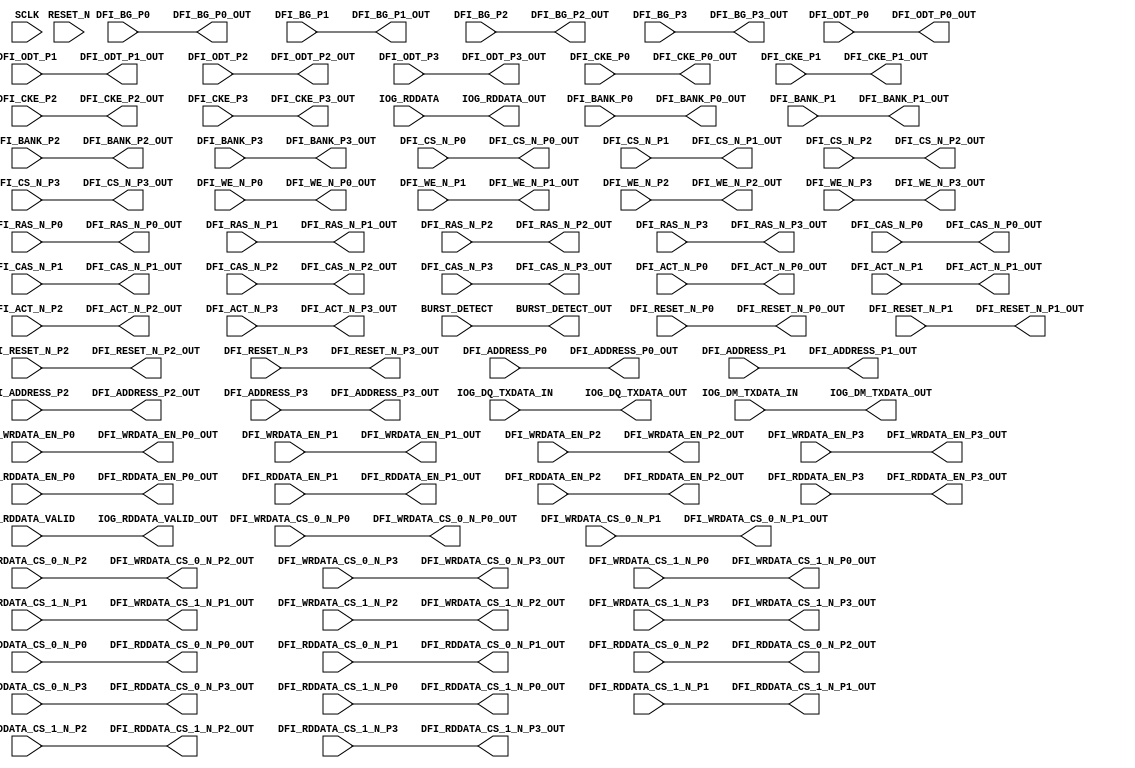
// *********************************************************************/ 
// Copyright (c) 2015 Microsemi Corporation.  All rights reserved.  
// 
// Any use or redistribution in part or in whole must be handled in 
// accordance with the Actel license agreement and must be approved 
// in advance in writing.  
//  
//     
// Description: optional register bank for timing optimization (XT only) 
//
// Notes:
// - add DFI_BG_P[N]
// - add DFI_ACT_N_P[N]
// *********************************************************************/ 

module register_bank # (
  parameter PIPELINE = 0,
  parameter IOG_DQS_LANES = 9
)(
  input                               SCLK                      ,
  input                               RESET_N                   ,
  input                               DFI_RESET_N_P0            ,
  input                               DFI_RESET_N_P1            ,
  input                               DFI_RESET_N_P2            ,
  input                               DFI_RESET_N_P3            ,
  input  [19:0]                       DFI_ADDRESS_P0            ,
  input  [19:0]                       DFI_ADDRESS_P1            ,
  input  [19:0]                       DFI_ADDRESS_P2            ,
  input  [19:0]                       DFI_ADDRESS_P3            ,
  input  [3:0]                        DFI_BANK_P0               ,
  input  [3:0]                        DFI_BANK_P1               ,
  input  [3:0]                        DFI_BANK_P2               ,
  input  [3:0]                        DFI_BANK_P3               ,
  input                               DFI_CS_N_P0               ,
  input                               DFI_CS_N_P1               ,
  input                               DFI_CS_N_P2               ,
  input                               DFI_CS_N_P3               ,
  input                               DFI_ODT_P0                ,
  input                               DFI_ODT_P1                ,
  input                               DFI_ODT_P2                ,
  input                               DFI_ODT_P3                ,
  input                               DFI_CKE_P0                ,
  input                               DFI_CKE_P1                ,
  input                               DFI_CKE_P2                ,
  input                               DFI_CKE_P3                ,
  input                               DFI_RAS_N_P0              ,
  input                               DFI_RAS_N_P1              ,
  input                               DFI_RAS_N_P2              ,
  input                               DFI_RAS_N_P3              ,
  input                               DFI_CAS_N_P0              ,
  input                               DFI_CAS_N_P1              ,
  input                               DFI_CAS_N_P2              ,
  input                               DFI_CAS_N_P3              ,
  input                               DFI_WE_N_P0               ,
  input                               DFI_WE_N_P1               ,
  input                               DFI_WE_N_P2               ,
  input                               DFI_WE_N_P3               ,
  input                               DFI_ACT_N_P0              ,
  input                               DFI_ACT_N_P1              ,
  input                               DFI_ACT_N_P2              ,
  input                               DFI_ACT_N_P3              ,
  input  [1:0]                        DFI_BG_P0                 ,
  input  [1:0]                        DFI_BG_P1                 ,
  input  [1:0]                        DFI_BG_P2                 ,
  input  [1:0]                        DFI_BG_P3                 ,
  input                               DFI_WRDATA_EN_P0          ,
  input                               DFI_WRDATA_EN_P1          ,
  input                               DFI_WRDATA_EN_P2          ,
  input                               DFI_WRDATA_EN_P3          ,
  input  [IOG_DQS_LANES*64-1:0]       IOG_DQ_TXDATA_IN          ,
  input  [IOG_DQS_LANES*8-1:0]        IOG_DM_TXDATA_IN          ,
  input                               DFI_WRDATA_CS_0_N_P0      ,
  input                               DFI_WRDATA_CS_0_N_P1      ,
  input                               DFI_WRDATA_CS_0_N_P2      ,
  input                               DFI_WRDATA_CS_0_N_P3      ,
  input                               DFI_WRDATA_CS_1_N_P0      ,
  input                               DFI_WRDATA_CS_1_N_P1      ,
  input                               DFI_WRDATA_CS_1_N_P2      ,
  input                               DFI_WRDATA_CS_1_N_P3      ,
  output reg                          DFI_RESET_N_P0_OUT        ,
  output reg                          DFI_RESET_N_P1_OUT        ,
  output reg                          DFI_RESET_N_P2_OUT        ,
  output reg                          DFI_RESET_N_P3_OUT        ,
  output reg [19:0]                   DFI_ADDRESS_P0_OUT        ,  
  output reg [19:0]                   DFI_ADDRESS_P1_OUT        ,  
  output reg [19:0]                   DFI_ADDRESS_P2_OUT        ,  
  output reg [19:0]                   DFI_ADDRESS_P3_OUT        ,  
  output reg [3:0]                    DFI_BANK_P0_OUT           ,  
  output reg [3:0]                    DFI_BANK_P1_OUT           ,  
  output reg [3:0]                    DFI_BANK_P2_OUT           ,  
  output reg [3:0]                    DFI_BANK_P3_OUT           ,  
  output reg                          DFI_CS_N_P0_OUT           ,  
  output reg                          DFI_CS_N_P1_OUT           ,  
  output reg                          DFI_CS_N_P2_OUT           ,  
  output reg                          DFI_CS_N_P3_OUT           ,  
  output reg                          DFI_ODT_P0_OUT            ,  
  output reg                          DFI_ODT_P1_OUT            ,  
  output reg                          DFI_ODT_P2_OUT            ,  
  output reg                          DFI_ODT_P3_OUT            ,  
  output reg                          DFI_CKE_P0_OUT            ,  
  output reg                          DFI_CKE_P1_OUT            ,  
  output reg                          DFI_CKE_P2_OUT            ,  
  output reg                          DFI_CKE_P3_OUT            ,  
  output reg                          DFI_RAS_N_P0_OUT          ,  
  output reg                          DFI_RAS_N_P1_OUT          ,  
  output reg                          DFI_RAS_N_P2_OUT          ,  
  output reg                          DFI_RAS_N_P3_OUT          ,  
  output reg                          DFI_CAS_N_P0_OUT          ,  
  output reg                          DFI_CAS_N_P1_OUT          ,  
  output reg                          DFI_CAS_N_P2_OUT          ,  
  output reg                          DFI_CAS_N_P3_OUT          ,  
  output reg                          DFI_WE_N_P0_OUT           ,  
  output reg                          DFI_WE_N_P1_OUT           ,  
  output reg                          DFI_WE_N_P2_OUT           ,  
  output reg                          DFI_WE_N_P3_OUT           ,
  output reg                          DFI_ACT_N_P0_OUT          ,  
  output reg                          DFI_ACT_N_P1_OUT          ,  
  output reg                          DFI_ACT_N_P2_OUT          ,  
  output reg                          DFI_ACT_N_P3_OUT          ,
  output reg [1:0]                    DFI_BG_P0_OUT             ,  
  output reg [1:0]                    DFI_BG_P1_OUT             ,  
  output reg [1:0]                    DFI_BG_P2_OUT             ,  
  output reg [1:0]                    DFI_BG_P3_OUT             ,  
  output reg                          DFI_WRDATA_EN_P0_OUT      ,  
  output reg                          DFI_WRDATA_EN_P1_OUT      ,  
  output reg                          DFI_WRDATA_EN_P2_OUT      ,  
  output reg                          DFI_WRDATA_EN_P3_OUT      ,
  output reg [IOG_DQS_LANES*64-1:0]   IOG_DQ_TXDATA_OUT         ,
  output reg [IOG_DQS_LANES*8-1:0]    IOG_DM_TXDATA_OUT         ,
  output reg                          DFI_WRDATA_CS_0_N_P0_OUT  ,  
  output reg                          DFI_WRDATA_CS_0_N_P1_OUT  ,  
  output reg                          DFI_WRDATA_CS_0_N_P2_OUT  ,  
  output reg                          DFI_WRDATA_CS_0_N_P3_OUT  ,   
  output reg                          DFI_WRDATA_CS_1_N_P0_OUT  ,  
  output reg                          DFI_WRDATA_CS_1_N_P1_OUT  ,  
  output reg                          DFI_WRDATA_CS_1_N_P2_OUT  ,  
  output reg                          DFI_WRDATA_CS_1_N_P3_OUT  ,   
  input                               DFI_RDDATA_EN_P0          ,
  input                               DFI_RDDATA_EN_P1          ,
  input                               DFI_RDDATA_EN_P2          ,
  input                               DFI_RDDATA_EN_P3          ,
  input  [IOG_DQS_LANES-1:0]          IOG_RDDATA_VALID          ,
  input  [IOG_DQS_LANES*64-1:0]       IOG_RDDATA                ,
  input                               DFI_RDDATA_CS_0_N_P0      ,
  input                               DFI_RDDATA_CS_0_N_P1      ,
  input                               DFI_RDDATA_CS_0_N_P2      ,
  input                               DFI_RDDATA_CS_0_N_P3      ,
  input                               DFI_RDDATA_CS_1_N_P0      ,
  input                               DFI_RDDATA_CS_1_N_P1      ,
  input                               DFI_RDDATA_CS_1_N_P2      ,
  input                               DFI_RDDATA_CS_1_N_P3      ,
  input  [IOG_DQS_LANES-1:0]          BURST_DETECT              ,
  output reg                          DFI_RDDATA_EN_P0_OUT      ,
  output reg                          DFI_RDDATA_EN_P1_OUT      ,
  output reg                          DFI_RDDATA_EN_P2_OUT      ,
  output reg                          DFI_RDDATA_EN_P3_OUT      ,
  output reg [IOG_DQS_LANES-1:0]      IOG_RDDATA_VALID_OUT      ,
  output reg [IOG_DQS_LANES*64-1:0]   IOG_RDDATA_OUT            ,
  output reg                          DFI_RDDATA_CS_0_N_P0_OUT  ,
  output reg                          DFI_RDDATA_CS_0_N_P1_OUT  ,
  output reg                          DFI_RDDATA_CS_0_N_P2_OUT  ,
  output reg                          DFI_RDDATA_CS_0_N_P3_OUT  ,
  output reg                          DFI_RDDATA_CS_1_N_P0_OUT  ,
  output reg                          DFI_RDDATA_CS_1_N_P1_OUT  ,
  output reg                          DFI_RDDATA_CS_1_N_P2_OUT  ,
  output reg                          DFI_RDDATA_CS_1_N_P3_OUT  ,
  output reg [IOG_DQS_LANES-1:0]      BURST_DETECT_OUT

);

  generate
  if (PIPELINE==1)
  begin : pipelined_generate_block
    always @ (posedge SCLK or negedge RESET_N)
    begin : register_bases
      if (RESET_N == 1'b0)
      begin
        DFI_RESET_N_P0_OUT            <= 0;
        DFI_RESET_N_P1_OUT            <= 0;
        DFI_RESET_N_P2_OUT            <= 0;
        DFI_RESET_N_P3_OUT            <= 0;
        DFI_ADDRESS_P0_OUT            <= 0;
        DFI_ADDRESS_P1_OUT            <= 0;
        DFI_ADDRESS_P2_OUT            <= 0;
        DFI_ADDRESS_P3_OUT            <= 0;
        DFI_BANK_P0_OUT               <= 0;
        DFI_BANK_P1_OUT               <= 0;
        DFI_BANK_P2_OUT               <= 0;
        DFI_BANK_P3_OUT               <= 0;
        DFI_CS_N_P0_OUT               <= 0;
        DFI_CS_N_P1_OUT               <= 0;
        DFI_CS_N_P2_OUT               <= 0;
        DFI_CS_N_P3_OUT               <= 0;
        DFI_ODT_P0_OUT                <= 0;
        DFI_ODT_P1_OUT                <= 0;
        DFI_ODT_P2_OUT                <= 0;
        DFI_ODT_P3_OUT                <= 0;
        DFI_CKE_P0_OUT                <= 0;
        DFI_CKE_P1_OUT                <= 0;
        DFI_CKE_P2_OUT                <= 0;
        DFI_CKE_P3_OUT                <= 0;
        DFI_RAS_N_P0_OUT              <= 0;
        DFI_RAS_N_P1_OUT              <= 0;
        DFI_RAS_N_P2_OUT              <= 0;
        DFI_RAS_N_P3_OUT              <= 0;
        DFI_CAS_N_P0_OUT              <= 0;
        DFI_CAS_N_P1_OUT              <= 0;
        DFI_CAS_N_P2_OUT              <= 0;
        DFI_CAS_N_P3_OUT              <= 0;
        DFI_WE_N_P0_OUT               <= 0;
        DFI_WE_N_P1_OUT               <= 0;
        DFI_WE_N_P2_OUT               <= 0;
        DFI_WE_N_P3_OUT               <= 0;
        DFI_ACT_N_P0_OUT              <= 0;
        DFI_ACT_N_P1_OUT              <= 0;
        DFI_ACT_N_P2_OUT              <= 0;
        DFI_ACT_N_P3_OUT              <= 0;
        DFI_WRDATA_EN_P0_OUT          <= 0;
        DFI_WRDATA_EN_P1_OUT          <= 0;
        DFI_WRDATA_EN_P2_OUT          <= 0;
        DFI_WRDATA_EN_P3_OUT          <= 0;
        IOG_DQ_TXDATA_OUT             <= 0;
        IOG_DM_TXDATA_OUT             <= 0;
        DFI_WRDATA_CS_0_N_P0_OUT      <= 0;
        DFI_WRDATA_CS_0_N_P1_OUT      <= 0;
        DFI_WRDATA_CS_0_N_P2_OUT      <= 0;
        DFI_WRDATA_CS_0_N_P3_OUT      <= 0;
        DFI_WRDATA_CS_1_N_P0_OUT      <= 0;
        DFI_WRDATA_CS_1_N_P1_OUT      <= 0;
        DFI_WRDATA_CS_1_N_P2_OUT      <= 0;
        DFI_WRDATA_CS_1_N_P3_OUT      <= 0;
        DFI_RDDATA_EN_P0_OUT          <= 0;
        DFI_RDDATA_EN_P1_OUT          <= 0;
        DFI_RDDATA_EN_P2_OUT          <= 0;
        DFI_RDDATA_EN_P3_OUT          <= 0;
        IOG_RDDATA_VALID_OUT          <= 0;
        IOG_RDDATA_OUT                <= 0;
        DFI_RDDATA_CS_0_N_P0_OUT      <= 0;
        DFI_RDDATA_CS_0_N_P1_OUT      <= 0;
        DFI_RDDATA_CS_0_N_P2_OUT      <= 0;
        DFI_RDDATA_CS_0_N_P3_OUT      <= 0;
        DFI_RDDATA_CS_1_N_P0_OUT      <= 0;
        DFI_RDDATA_CS_1_N_P1_OUT      <= 0;
        DFI_RDDATA_CS_1_N_P2_OUT      <= 0;
        DFI_RDDATA_CS_1_N_P3_OUT      <= 0;
        BURST_DETECT_OUT              <= 0;
        DFI_BG_P0_OUT                 <= 0;
        DFI_BG_P1_OUT                 <= 0;
        DFI_BG_P2_OUT                 <= 0;
        DFI_BG_P3_OUT                 <= 0;
        
      end
      else
      begin
        DFI_RESET_N_P0_OUT            <= DFI_RESET_N_P0          ;
        DFI_RESET_N_P1_OUT            <= DFI_RESET_N_P1          ;
        DFI_RESET_N_P2_OUT            <= DFI_RESET_N_P2          ;
        DFI_RESET_N_P3_OUT            <= DFI_RESET_N_P3          ;
        DFI_ADDRESS_P0_OUT            <= DFI_ADDRESS_P0          ;
        DFI_ADDRESS_P1_OUT            <= DFI_ADDRESS_P1          ;
        DFI_ADDRESS_P2_OUT            <= DFI_ADDRESS_P2          ;
        DFI_ADDRESS_P3_OUT            <= DFI_ADDRESS_P3          ;
        DFI_BANK_P0_OUT               <= DFI_BANK_P0             ;
        DFI_BANK_P1_OUT               <= DFI_BANK_P1             ;
        DFI_BANK_P2_OUT               <= DFI_BANK_P2             ;
        DFI_BANK_P3_OUT               <= DFI_BANK_P3             ;
        DFI_CS_N_P0_OUT               <= DFI_CS_N_P0             ;
        DFI_CS_N_P1_OUT               <= DFI_CS_N_P1             ;
        DFI_CS_N_P2_OUT               <= DFI_CS_N_P2             ;
        DFI_CS_N_P3_OUT               <= DFI_CS_N_P3             ;
        DFI_ODT_P0_OUT                <= DFI_ODT_P0              ;
        DFI_ODT_P1_OUT                <= DFI_ODT_P1              ;
        DFI_ODT_P2_OUT                <= DFI_ODT_P2              ;
        DFI_ODT_P3_OUT                <= DFI_ODT_P3              ;
        DFI_CKE_P0_OUT                <= DFI_CKE_P0              ;
        DFI_CKE_P1_OUT                <= DFI_CKE_P1              ;
        DFI_CKE_P2_OUT                <= DFI_CKE_P2              ;
        DFI_CKE_P3_OUT                <= DFI_CKE_P3              ;
        DFI_RAS_N_P0_OUT              <= DFI_RAS_N_P0            ;
        DFI_RAS_N_P1_OUT              <= DFI_RAS_N_P1            ;
        DFI_RAS_N_P2_OUT              <= DFI_RAS_N_P2            ;
        DFI_RAS_N_P3_OUT              <= DFI_RAS_N_P3            ;
        DFI_CAS_N_P0_OUT              <= DFI_CAS_N_P0            ;
        DFI_CAS_N_P1_OUT              <= DFI_CAS_N_P1            ;
        DFI_CAS_N_P2_OUT              <= DFI_CAS_N_P2            ;
        DFI_CAS_N_P3_OUT              <= DFI_CAS_N_P3            ;
        DFI_WE_N_P0_OUT               <= DFI_WE_N_P0             ;
        DFI_WE_N_P1_OUT               <= DFI_WE_N_P1             ;
        DFI_WE_N_P2_OUT               <= DFI_WE_N_P2             ;
        DFI_WE_N_P3_OUT               <= DFI_WE_N_P3             ;
        DFI_ACT_N_P0_OUT              <= DFI_ACT_N_P0            ;
        DFI_ACT_N_P1_OUT              <= DFI_ACT_N_P1            ;
        DFI_ACT_N_P2_OUT              <= DFI_ACT_N_P2            ;
        DFI_ACT_N_P3_OUT              <= DFI_ACT_N_P3            ;
        DFI_WRDATA_EN_P0_OUT          <= DFI_WRDATA_EN_P0        ;
        DFI_WRDATA_EN_P1_OUT          <= DFI_WRDATA_EN_P1        ;
        DFI_WRDATA_EN_P2_OUT          <= DFI_WRDATA_EN_P2        ;
        DFI_WRDATA_EN_P3_OUT          <= DFI_WRDATA_EN_P3        ;
        IOG_DQ_TXDATA_OUT             <= IOG_DQ_TXDATA_IN        ;
        IOG_DM_TXDATA_OUT             <= IOG_DM_TXDATA_IN        ;
        DFI_WRDATA_CS_0_N_P0_OUT      <= DFI_WRDATA_CS_0_N_P0    ;
        DFI_WRDATA_CS_0_N_P1_OUT      <= DFI_WRDATA_CS_0_N_P1    ;
        DFI_WRDATA_CS_0_N_P2_OUT      <= DFI_WRDATA_CS_0_N_P2    ;
        DFI_WRDATA_CS_0_N_P3_OUT      <= DFI_WRDATA_CS_0_N_P3    ;
        DFI_WRDATA_CS_1_N_P0_OUT      <= DFI_WRDATA_CS_1_N_P0    ;
        DFI_WRDATA_CS_1_N_P1_OUT      <= DFI_WRDATA_CS_1_N_P1    ;
        DFI_WRDATA_CS_1_N_P2_OUT      <= DFI_WRDATA_CS_1_N_P2    ;
        DFI_WRDATA_CS_1_N_P3_OUT      <= DFI_WRDATA_CS_1_N_P3    ;
        DFI_RDDATA_EN_P0_OUT          <= DFI_RDDATA_EN_P0        ;
        DFI_RDDATA_EN_P1_OUT          <= DFI_RDDATA_EN_P1        ;
        DFI_RDDATA_EN_P2_OUT          <= DFI_RDDATA_EN_P2        ;
        DFI_RDDATA_EN_P3_OUT          <= DFI_RDDATA_EN_P3        ;
        IOG_RDDATA_VALID_OUT          <= IOG_RDDATA_VALID        ;
        IOG_RDDATA_OUT                <= IOG_RDDATA              ;
        DFI_RDDATA_CS_0_N_P0_OUT      <= DFI_RDDATA_CS_0_N_P0    ;
        DFI_RDDATA_CS_0_N_P1_OUT      <= DFI_RDDATA_CS_0_N_P1    ;
        DFI_RDDATA_CS_0_N_P2_OUT      <= DFI_RDDATA_CS_0_N_P2    ;
        DFI_RDDATA_CS_0_N_P3_OUT      <= DFI_RDDATA_CS_0_N_P3    ;
        DFI_RDDATA_CS_1_N_P0_OUT      <= DFI_RDDATA_CS_1_N_P0    ;
        DFI_RDDATA_CS_1_N_P1_OUT      <= DFI_RDDATA_CS_1_N_P1    ;
        DFI_RDDATA_CS_1_N_P2_OUT      <= DFI_RDDATA_CS_1_N_P2    ;
        DFI_RDDATA_CS_1_N_P3_OUT      <= DFI_RDDATA_CS_1_N_P3    ;
        BURST_DETECT_OUT              <= BURST_DETECT            ;
        DFI_BG_P0_OUT                 <= DFI_BG_P0               ;
        DFI_BG_P1_OUT                 <= DFI_BG_P1               ;
        DFI_BG_P2_OUT                 <= DFI_BG_P2               ;
        DFI_BG_P3_OUT                 <= DFI_BG_P3               ;
        
      end
    end
  end
  else
  begin
    always @ (*)
    begin : passthrough_bus
      DFI_RESET_N_P0_OUT            = DFI_RESET_N_P0          ;
      DFI_RESET_N_P1_OUT            = DFI_RESET_N_P1          ;
      DFI_RESET_N_P2_OUT            = DFI_RESET_N_P2          ;
      DFI_RESET_N_P3_OUT            = DFI_RESET_N_P3          ;
      DFI_ADDRESS_P0_OUT            = DFI_ADDRESS_P0          ;
      DFI_ADDRESS_P1_OUT            = DFI_ADDRESS_P1          ;
      DFI_ADDRESS_P2_OUT            = DFI_ADDRESS_P2          ;
      DFI_ADDRESS_P3_OUT            = DFI_ADDRESS_P3          ;
      DFI_BANK_P0_OUT               = DFI_BANK_P0             ;
      DFI_BANK_P1_OUT               = DFI_BANK_P1             ;
      DFI_BANK_P2_OUT               = DFI_BANK_P2             ;
      DFI_BANK_P3_OUT               = DFI_BANK_P3             ;
      DFI_CS_N_P0_OUT               = DFI_CS_N_P0             ;
      DFI_CS_N_P1_OUT               = DFI_CS_N_P1             ;
      DFI_CS_N_P2_OUT               = DFI_CS_N_P2             ;
      DFI_CS_N_P3_OUT               = DFI_CS_N_P3             ;
      DFI_ODT_P0_OUT                = DFI_ODT_P0              ;
      DFI_ODT_P1_OUT                = DFI_ODT_P1              ;
      DFI_ODT_P2_OUT                = DFI_ODT_P2              ;
      DFI_ODT_P3_OUT                = DFI_ODT_P3              ;
      DFI_CKE_P0_OUT                = DFI_CKE_P0              ;
      DFI_CKE_P1_OUT                = DFI_CKE_P1              ;
      DFI_CKE_P2_OUT                = DFI_CKE_P2              ;
      DFI_CKE_P3_OUT                = DFI_CKE_P3              ;
      DFI_RAS_N_P0_OUT              = DFI_RAS_N_P0            ;
      DFI_RAS_N_P1_OUT              = DFI_RAS_N_P1            ;
      DFI_RAS_N_P2_OUT              = DFI_RAS_N_P2            ;
      DFI_RAS_N_P3_OUT              = DFI_RAS_N_P3            ;
      DFI_CAS_N_P0_OUT              = DFI_CAS_N_P0            ;
      DFI_CAS_N_P1_OUT              = DFI_CAS_N_P1            ;
      DFI_CAS_N_P2_OUT              = DFI_CAS_N_P2            ;
      DFI_CAS_N_P3_OUT              = DFI_CAS_N_P3            ;
      DFI_WE_N_P0_OUT               = DFI_WE_N_P0             ;
      DFI_WE_N_P1_OUT               = DFI_WE_N_P1             ;
      DFI_WE_N_P2_OUT               = DFI_WE_N_P2             ;
      DFI_WE_N_P3_OUT               = DFI_WE_N_P3             ;
      DFI_ACT_N_P0_OUT              = DFI_ACT_N_P0            ;
      DFI_ACT_N_P1_OUT              = DFI_ACT_N_P1            ;
      DFI_ACT_N_P2_OUT              = DFI_ACT_N_P2            ;
      DFI_ACT_N_P3_OUT              = DFI_ACT_N_P3            ;
      DFI_WRDATA_EN_P0_OUT          = DFI_WRDATA_EN_P0        ;
      DFI_WRDATA_EN_P1_OUT          = DFI_WRDATA_EN_P1        ;
      DFI_WRDATA_EN_P2_OUT          = DFI_WRDATA_EN_P2        ;
      DFI_WRDATA_EN_P3_OUT          = DFI_WRDATA_EN_P3        ;
      IOG_DQ_TXDATA_OUT             = IOG_DQ_TXDATA_IN        ;
      IOG_DM_TXDATA_OUT             = IOG_DM_TXDATA_IN        ;
      DFI_WRDATA_CS_0_N_P0_OUT      = DFI_WRDATA_CS_0_N_P0    ;
      DFI_WRDATA_CS_0_N_P1_OUT      = DFI_WRDATA_CS_0_N_P1    ;
      DFI_WRDATA_CS_0_N_P2_OUT      = DFI_WRDATA_CS_0_N_P2    ;
      DFI_WRDATA_CS_0_N_P3_OUT      = DFI_WRDATA_CS_0_N_P3    ;
      DFI_WRDATA_CS_1_N_P0_OUT      = DFI_WRDATA_CS_1_N_P0    ;
      DFI_WRDATA_CS_1_N_P1_OUT      = DFI_WRDATA_CS_1_N_P1    ;
      DFI_WRDATA_CS_1_N_P2_OUT      = DFI_WRDATA_CS_1_N_P2    ;
      DFI_WRDATA_CS_1_N_P3_OUT      = DFI_WRDATA_CS_1_N_P3    ;
      DFI_RDDATA_EN_P0_OUT          = DFI_RDDATA_EN_P0        ;
      DFI_RDDATA_EN_P1_OUT          = DFI_RDDATA_EN_P1        ;
      DFI_RDDATA_EN_P2_OUT          = DFI_RDDATA_EN_P2        ;
      DFI_RDDATA_EN_P3_OUT          = DFI_RDDATA_EN_P3        ;
      IOG_RDDATA_VALID_OUT          = IOG_RDDATA_VALID        ;
      IOG_RDDATA_OUT                = IOG_RDDATA              ;
      DFI_RDDATA_CS_0_N_P0_OUT      = DFI_RDDATA_CS_0_N_P0    ;
      DFI_RDDATA_CS_0_N_P1_OUT      = DFI_RDDATA_CS_0_N_P1    ;
      DFI_RDDATA_CS_0_N_P2_OUT      = DFI_RDDATA_CS_0_N_P2    ;
      DFI_RDDATA_CS_0_N_P3_OUT      = DFI_RDDATA_CS_0_N_P3    ;
      DFI_RDDATA_CS_1_N_P0_OUT      = DFI_RDDATA_CS_1_N_P0    ;
      DFI_RDDATA_CS_1_N_P1_OUT      = DFI_RDDATA_CS_1_N_P1    ;
      DFI_RDDATA_CS_1_N_P2_OUT      = DFI_RDDATA_CS_1_N_P2    ;
      DFI_RDDATA_CS_1_N_P3_OUT      = DFI_RDDATA_CS_1_N_P3    ;
      BURST_DETECT_OUT              = BURST_DETECT            ;
      DFI_BG_P0_OUT                 = DFI_BG_P0               ;
      DFI_BG_P1_OUT                 = DFI_BG_P1               ;
      DFI_BG_P2_OUT                 = DFI_BG_P2               ;
      DFI_BG_P3_OUT                 = DFI_BG_P3               ;
    end
  end
  endgenerate

endmodule